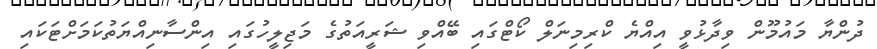
ދުންޔާ މައުމޫން ވިދާޅުވީ އިއްޔެ ކްރިމިނަލް ކޯޓްގައި ބޭއްވި ޝަރީއަތުގެ މަޖިލީހުގައި އިންސާނިއްޔަތުކަމަށްޓަކައި